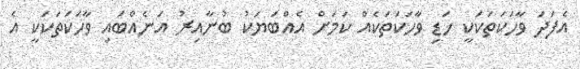
އެފަދަ ވާހަކަތަކަކީ ހަޑި ވާހަކަތަކެއް ކަމަށް އެއްބަޔަކު ބުނާއިރު އަނެއްބައި ވާހަކަތަކަކީ އެ